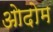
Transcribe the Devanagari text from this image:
ओदोम